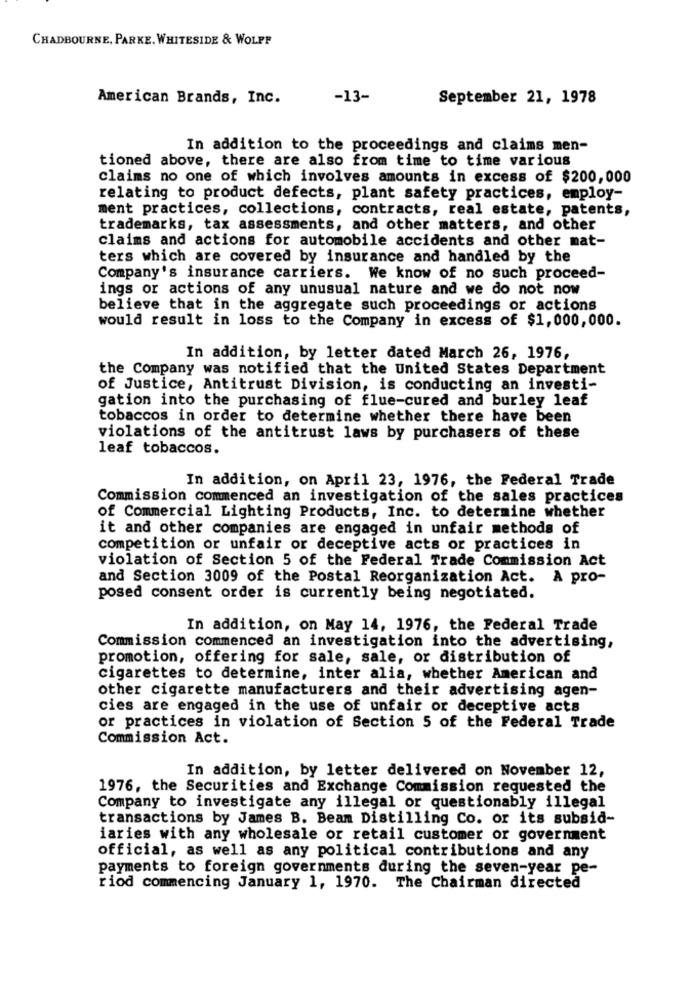
CHADBOURNE, PARKE. WHITESIDE & WOLPP
American Brands, Inc.
-13-
September 21, 1978
In addition to the proceedings and claims men-
tioned above, there are also from time to time various
claims no one of which involves amounts in excess of $200,000
relating to product defects, plant safety practices, employ-
ment practices, collections, contracts, real estate, patents,
trademarks, tax assessments, and other matters, and other
claims and actions for automobile accidents and other mat-
ters which are covered by insurance and handled by the
Company's insurance carriers. We know of no such proceed-
ings or actions of any unusual nature and we do not now
believe that in the aggregate such proceedings or actions
would result in loss to the Company in excess of $1,000,000.
In addition, by letter dated March 26, 1976,
the Company was notified that the United States Department
of Justice, Antitrust Division, is conducting an investi-
gation into the purchasing of flue-cured and burley leaf
tobaccos in order to determine whether there have been
violations of the antitrust laws by purchasers of these
leaf tobaccos.
In addition, on April 23, 1976, the Federal Trade
Commission commenced an investigation of the sales practices
of Commercial Lighting Products, Inc. to determine whether
it and other companies are engaged in unfair methods of
competition or unfair or deceptive acts or practices in
violation of Section 5 of the Federal Trade Commission Act
and Section 3009 of the Postal Reorganization Act. A pro-
posed consent order is currently being negotiated.
In addition, on May 14, 1976, the Federal Trade
Commission commenced an investigation into the advertising,
promotion, offering for sale, sale, or distribution of
cigarettes to determine, inter alia, whether American and
other cigarette manufacturers and their advertising agen-
cies are engaged in the use of unfair or deceptive acts
or practices in violation of Section 5 of the Federal Trade
Commission Act.
In addition, by letter delivered on November 12,
1976, the Securities and Exchange Commission requested the
Company to investigate any illegal or questionably illegal
transactions by James B. Beam Distilling Co. or its subsid-
iaries with any wholesale or retail customer or government
official, as well as any political contributions and any
payments to foreign governments during the seven-year pe-
riod commencing January 1, 1970. The Chairman directed